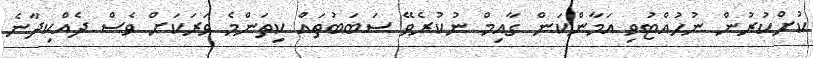
ކުށްކުރުން ނުހުއްޓުވި އަމާންކަން ގާއިމް ނުކުރެވޭ ސަބަބުތައް ކިތަންމެ ވަރަކަށް ވެސް ދެއްކިދާނެ